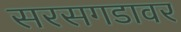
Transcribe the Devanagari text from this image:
सरसगडावर